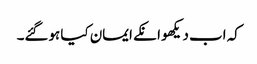
کہ اب دیکھو انکے ایمان کیا ہوگئے۔